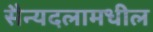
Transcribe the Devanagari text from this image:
सैन्यदलामधील